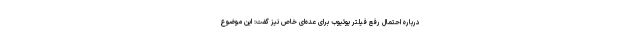
درباره احتمال رفع فیلتر یوتیوب برای عده‌ای خاص نیز گفت: این موضوع